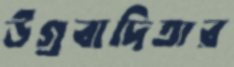
উগ্রবাদিতার